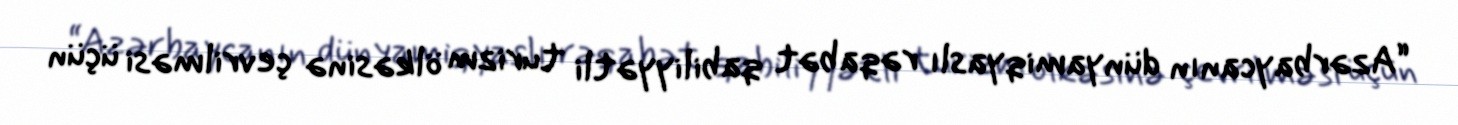
“Azərbaycanın dünyamiqyaslı rəqabət qabiliyyətli turizm ölkəsinə çevrilməsi üçün